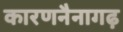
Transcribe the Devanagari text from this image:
कारणनैनागढ़